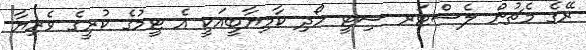
ރޭގެ މެޗުން ލެސްޓަރ ސިޓީ ހޯދި ކާމިޔާބީއަކީ އެ ޓީމުގެ ކުރީގެ ވެރިޔާ